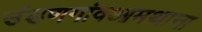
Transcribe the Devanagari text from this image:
उंडणगांवआमथाना